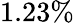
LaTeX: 1.23\%